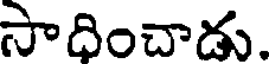
సాధించాడు.